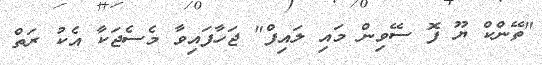
"ތޭންކް ޔޫ ފޮ ސޭވިން މައި ލައިފް" ޖަހާފައިވާ މެސެޖަކާ އެކު ރަތް